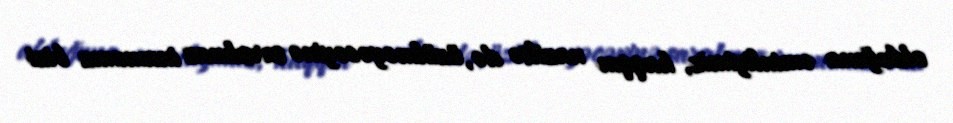
olduğuna əminliyimiz, haqqın nazilsə də, üzülməyəcəyinə sarsılmaz inamımız bizi